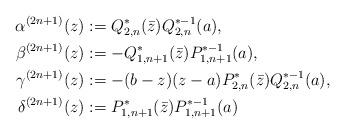
LaTeX: \begin{align*} \alpha^{(2n+1)}(z) &:= Q_{2,n}^*(\bar z)Q_{2,n}^{*-1}(a), \\ \beta^{(2n+1)}(z) &:= -Q_{1,n+1}^*(\bar z)P_{1,n+1}^{*-1}(a), \\ \gamma^{(2n+1)}(z) &:= -(b-z)(z-a)P_{2,n}^*(\bar z)Q_{2,n}^{*-1}(a), \\ \delta^{(2n+1)}(z) &:= P_{1,n+1}^*(\bar z)P_{1,n+1}^{*-1}(a) \end{align*}